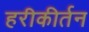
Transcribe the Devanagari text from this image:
हरीकीर्तन